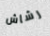
رشاش